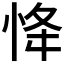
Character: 𢘸